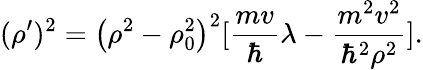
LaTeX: (\rho^{\prime})^{2}=\bigl(\rho^{2}-\rho_{0}^{2}\bigr)^{2}[{\frac{mv}{\hbar}}\lambda-{\frac{m^{2}v^{2}}{\hbar^{2}\rho^{2}}}].